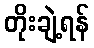
တိုးချဲ့ရန်